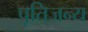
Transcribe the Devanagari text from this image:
पूतिजन्य